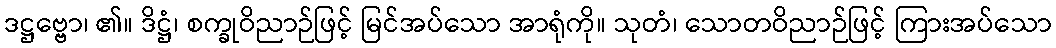
ဒဋ္ဌဗ္ဗော၊ ၏။ ဒိဋ္ဌံ၊ စက္ခုဝိညာဉ်ဖြင့် မြင်အပ်သော အာရုံကို။ သုတံ၊ သောတဝိညာဉ်ဖြင့် ကြားအပ်သော